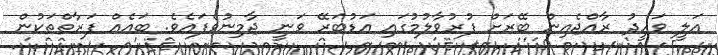
އަލީ ވަހީދު ރާއްޖެއިން ބޭރަށް ފުރުވާލުމުގައި އަޑުބަރޭ ވަނީ ޖާމިނުވެފައެވެ. ބައެއް ފަރާތްތަކުން